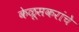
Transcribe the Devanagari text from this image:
केळूसकरांचे